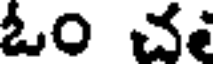
ఓం చ